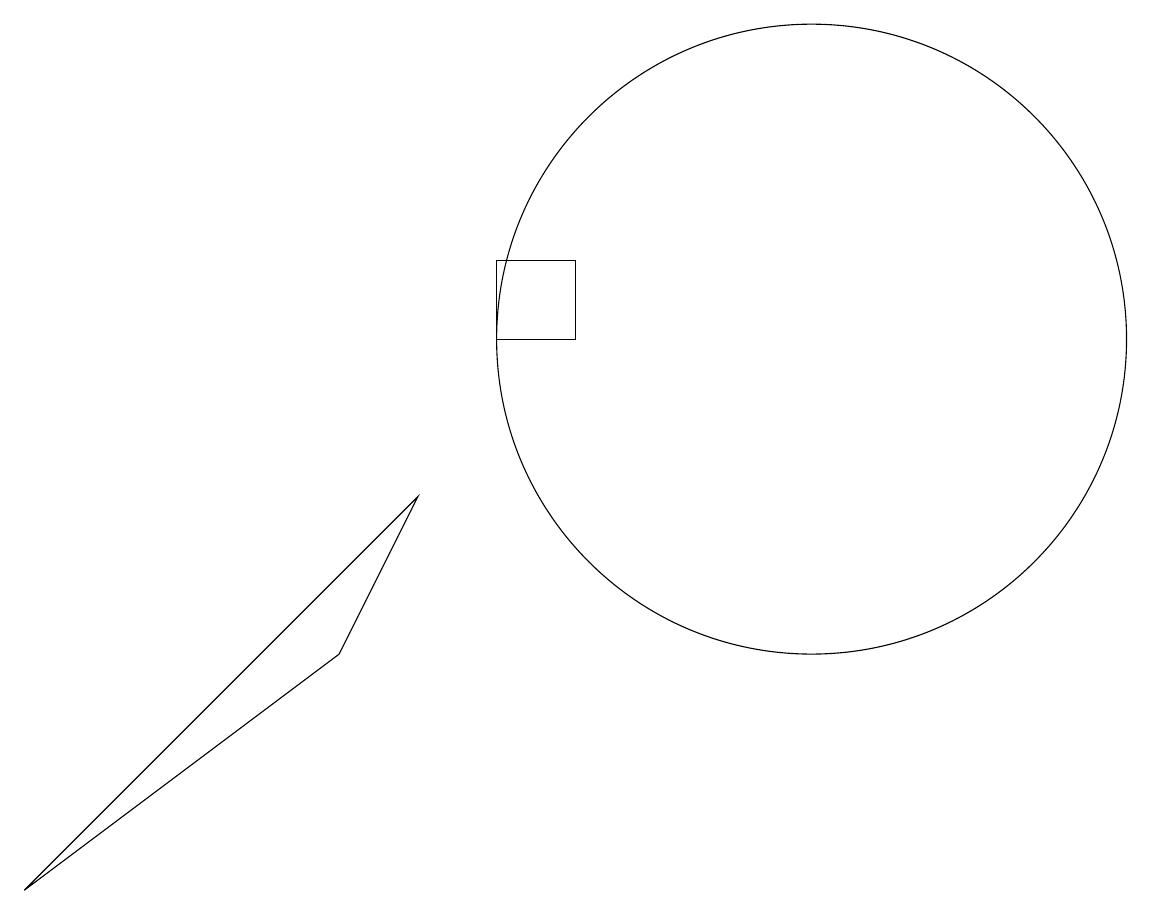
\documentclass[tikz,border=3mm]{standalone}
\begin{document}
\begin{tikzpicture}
\draw (10,11) circle (4);
\draw (6,11) rectangle (7,12);
\draw (0,4) -- (5,9) -- (4,7) -- cycle;
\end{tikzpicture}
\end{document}